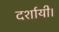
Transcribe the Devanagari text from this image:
दर्शायी।